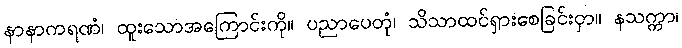
နာနာကရဏံ၊ ထူးသောအကြောင်းကို။ ပညာပေတုံ၊ သိသာထင်ရှားစေခြင်းငှာ။ နသက္ကာ၊